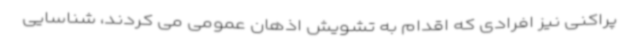
پراکنی نیز افرادی که اقدام به تشویش اذهان عمومی می کردند، شناسایی